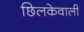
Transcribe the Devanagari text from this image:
छिलकेवाली